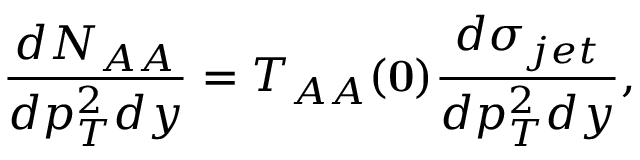
\frac { d N _ { A A } } { d p _ { T } ^ { 2 } d y } = T _ { A A } ( { \bf 0 } ) \frac { d \sigma _ { j e t } } { d p _ { T } ^ { 2 } d y } ,